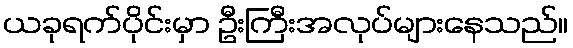
ယခုရက်ပိုင်းမှာ ဦးကြီးအလုပ်များနေသည်။